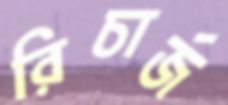
রিচার্জ